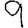
Digit: 9